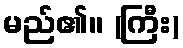
မည်၏။ (ကြီး)